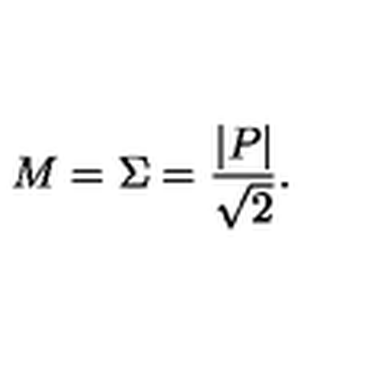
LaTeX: M = \Sigma = \frac { | P | } { \sqrt { 2 } } .